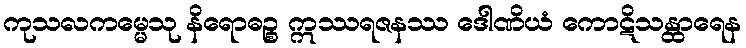
ကုသလကမ္မေသု နိရောဓဉ္စ ဣဿရဇနဿ ဒေါဏိယံ ကောဋိသန္ထာရေန